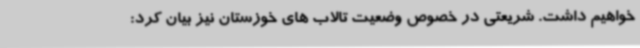
خواهیم داشت. شریعتی در خصوص وضعیت تالاب های خوزستان نیز بیان کرد: